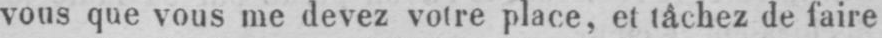
vous que vous me devez votre place, et tâchez de faire